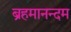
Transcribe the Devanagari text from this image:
ब्रहमानन्दम